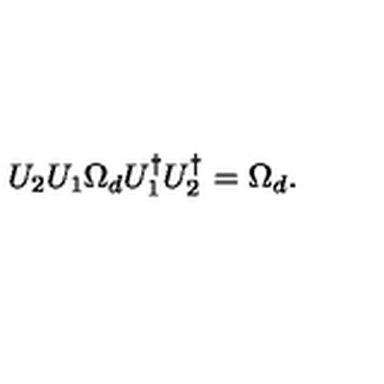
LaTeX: U _ { 2 } U _ { 1 } \Omega _ { d } U _ { 1 } ^ { \dagger } U _ { 2 } ^ { \dagger } = \Omega _ { d } .